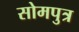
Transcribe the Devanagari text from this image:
सोमपुत्र